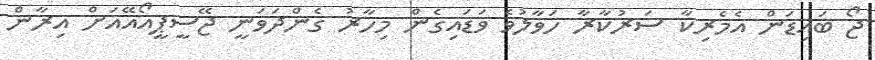
ޖޯ ބައިޑަން އެމެރިކާ ސަރުކާރާ ހަވާލުވެ ވަޑައިގެން މިހާރު ގެންދަވަނީ ޖޭސީޕީއޯއޭއަށް އިރާން